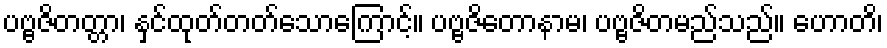
ပဗ္ဗဇိတတ္တာ၊ နှင်ထုတ်တတ်သောကြောင့်။ ပဗ္ဗဇိတောနာမ၊ ပဗ္ဗဇိတမည်သည်။ ဟောတိ၊